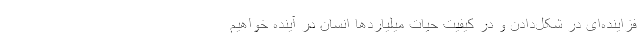
فزاینده‌ای در شکل‌دادن و در کیفیت حیات میلیاردها انسان در آینده خواهیم